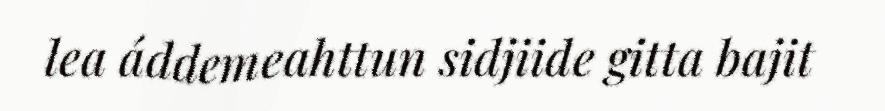
lea áddemeahttun sidjiide gitta bajit